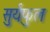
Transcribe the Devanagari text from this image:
सुर्यफुल